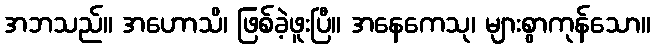
အဘသည်။ အဟောသိ၊ ဖြစ်ခဲ့ဖူးပြီ။ အနေကေသု၊ များစွာကုန်သော။